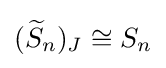
({\widetilde {S}}_{n})_{J}\cong S_{n}